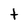
Character: t